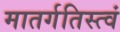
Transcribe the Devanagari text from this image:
मातर्गतिस्त्वं